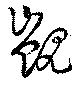
覬